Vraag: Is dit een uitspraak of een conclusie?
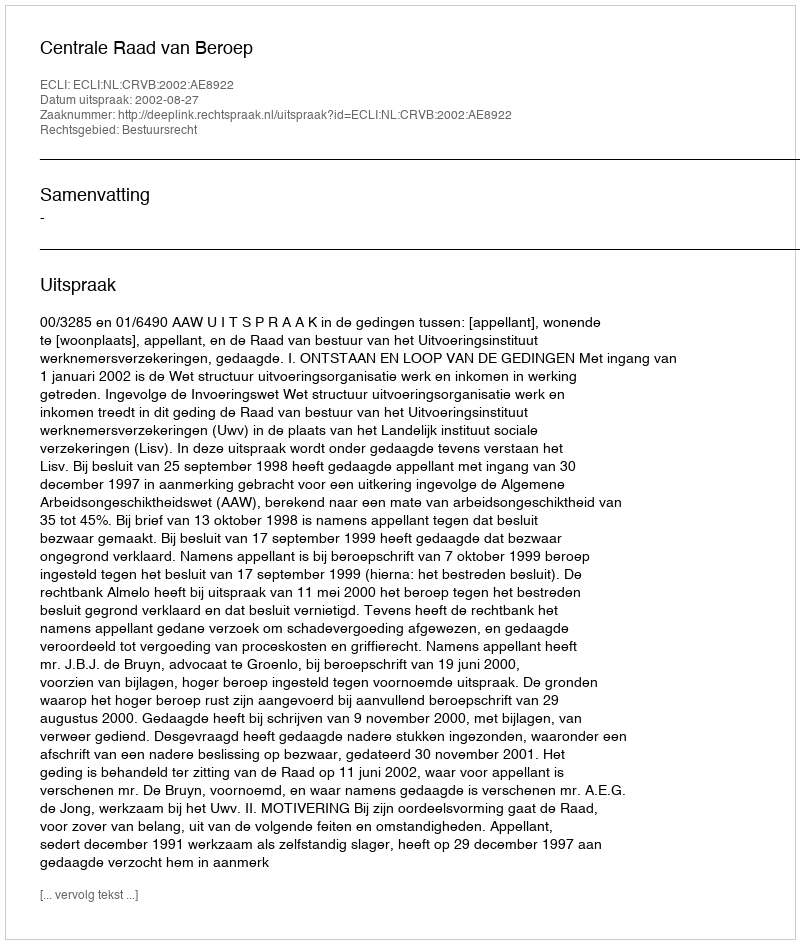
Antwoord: Uitspraak